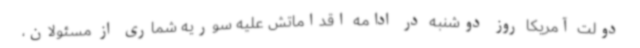
دولت آمریکا روز دوشنبه در ادامه اقداماتش علیه سوریه شماری از مسئولان،